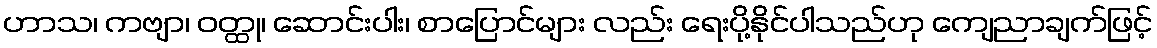
ဟာသ၊ ကဗျာ၊ ဝတ္ထု၊ ဆောင်းပါး၊ စာပြောင်များ လည်း ရေးပို့နိုင်ပါသည်ဟု ကျေညာချက်ဖြင့်